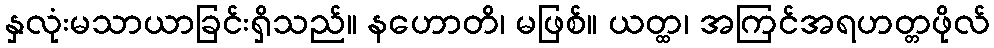
နှလုံးမသာယာခြင်းရှိသည်။ နဟောတိ၊ မဖြစ်။ ယတ္ထ၊ အကြင်အရဟတ္တဖိုလ်